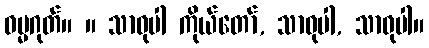
ဓမ္မဂုတ်။ ။ သာဓုပါ ကိုယ်တော်, သာဓုပါ, သာဓုပါ။